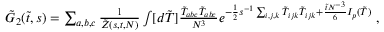
\begin{array} { r } { \tilde { G } _ { 2 } ( \tilde { t } , s ) = \sum _ { a , b , c } \frac { 1 } { \tilde { Z } ( s , t , N ) } \int [ d \tilde { T } ] \frac { \tilde { T } _ { a b c } \tilde { T } _ { a b c } } { N ^ { 3 } } e ^ { - \frac { 1 } { 2 } s ^ { - 1 } \sum _ { i , j , k } \tilde { T } _ { i j k } \tilde { T } _ { i j k } + \frac { \tilde { t } N ^ { - 3 } } { 6 } I _ { p } ( \tilde { T } ) } \mathrm { ~ , } } \end{array}